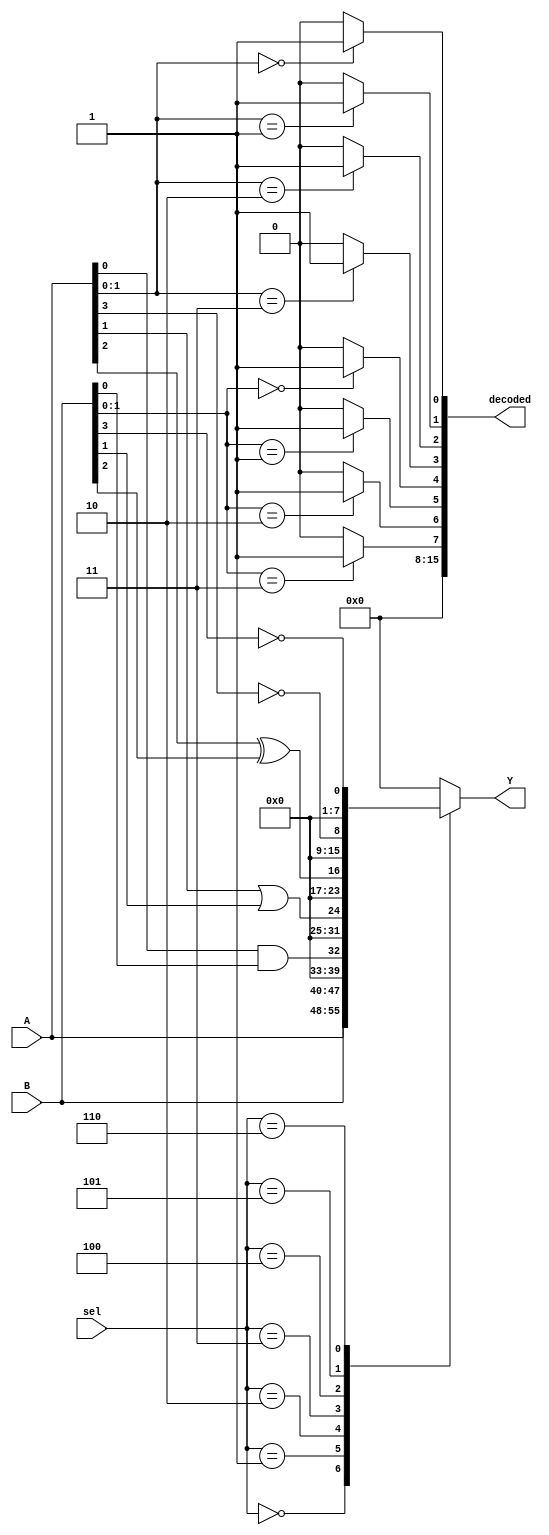
module combinational_logic_block (
    input wire [7:0] A,          // 8-bit input A
    input wire [7:0] B,          // 8-bit input B
    input wire [2:0] sel,        // 3-bit selector for multiplexer
    output wire [7:0] Y,         // 8-bit output Y
    output wire [15:0] decoded    // 16-bit output for decoder
);

// Internal signals
wire and_out;
wire or_out;
wire xor_out;
wire not_a;
wire not_b;

// Basic logic operations
assign and_out = A[0] & B[0];  // AND operation on the least significant bits
assign or_out = A[1] | B[1];   // OR operation on the second bits
assign xor_out = A[2] ^ B[2];  // XOR operation on the third bits
assign not_a = ~A[3];          // NOT operation on the fourth bit
assign not_b = ~B[3];          // NOT operation on the fourth bit of B

// Multiplexer implementation
always @(*) begin
    case (sel)
        3'b000: Y = A;              // Select A
        3'b001: Y = B;              // Select B
        3'b010: Y = {7'b0, and_out}; // Select AND output
        3'b011: Y = {7'b0, or_out};  // Select OR output
        3'b100: Y = {7'b0, xor_out}; // Select XOR output
        3'b101: Y = {7'b0, not_a};   // Select NOT A output
        3'b110: Y = {7'b0, not_b};   // Select NOT B output
        default: Y = 8'b0;           // Default case (output 0)
    endcase
end

// 2-to-4 Decoder implementation
assign decoded[0] = (A[1:0] == 2'b00) ? 1'b1 : 1'b0; // Decode 00
assign decoded[1] = (A[1:0] == 2'b01) ? 1'b1 : 1'b0; // Decode 01
assign decoded[2] = (A[1:0] == 2'b10) ? 1'b1 : 1'b0; // Decode 10
assign decoded[3] = (A[1:0] == 2'b11) ? 1'b1 : 1'b0; // Decode 11
assign decoded[4] = (B[1:0] == 2'b00) ? 1'b1 : 1'b0; // Decode 00
assign decoded[5] = (B[1:0] == 2'b01) ? 1'b1 : 1'b0; // Decode 01
assign decoded[6] = (B[1:0] == 2'b10) ? 1'b1 : 1'b0; // Decode 10
assign decoded[7] = (B[1:0] == 2'b11) ? 1'b1 : 1'b0; // Decode 11
assign decoded[8] = 1'b0; // Unused outputs
assign decoded[9] = 1'b0; // Unused outputs
assign decoded[10] = 1'b0; // Unused outputs
assign decoded[11] = 1'b0; // Unused outputs
assign decoded[12] = 1'b0; // Unused outputs
assign decoded[13] = 1'b0; // Unused outputs
assign decoded[14] = 1'b0; // Unused outputs
assign decoded[15] = 1'b0; // Unused outputs

endmodule